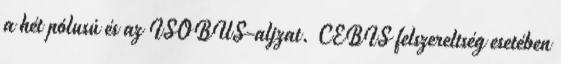
a hét pólusú és az ISOBUS-aljzat. CEBIS felszereltség esetében